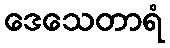
ဒေသေတာရံ